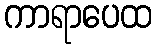
ကာရာပေထ